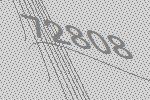
72808